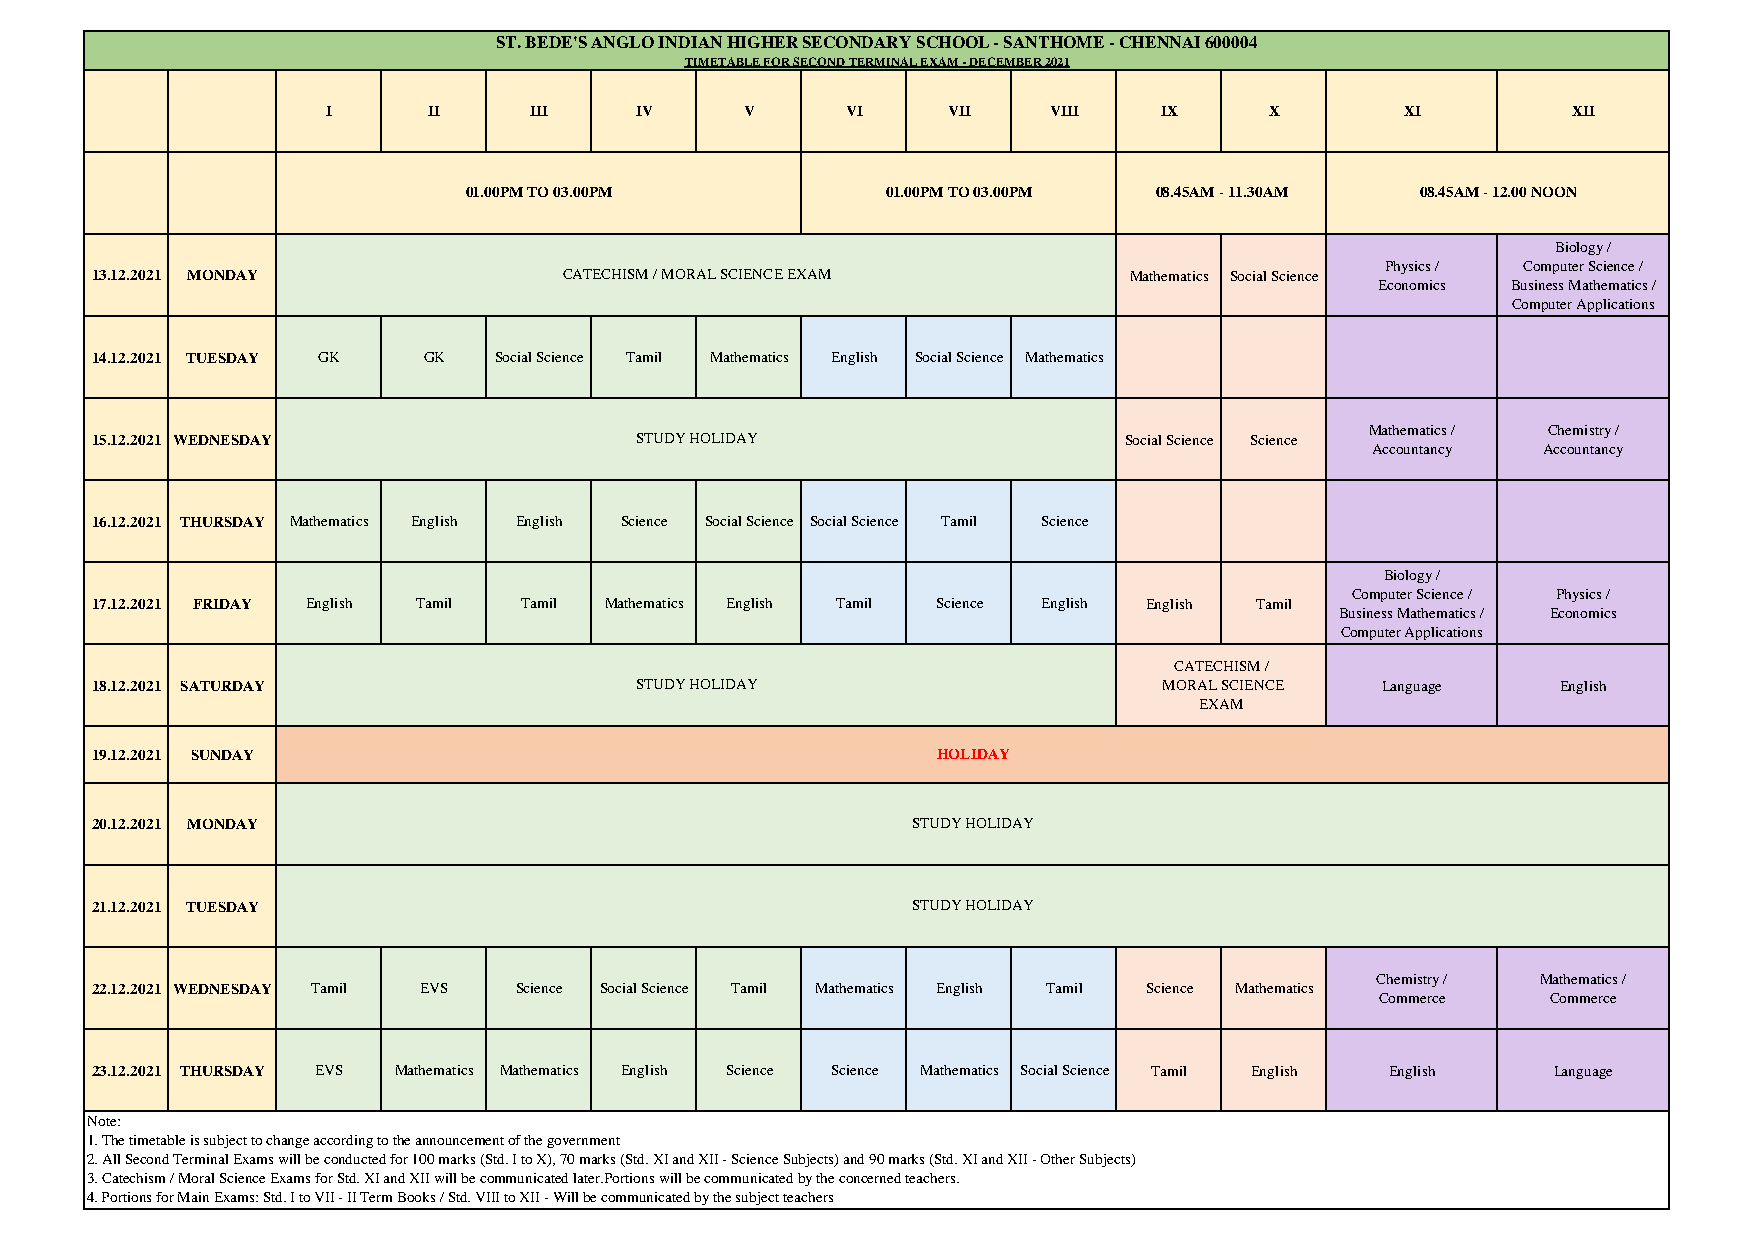
ST. BEDE'S ANGLO INDIAN HIGHER SECONDARY SCHOOL - SANTHOME - CHENNAI 600004
 TIMETABLE FOR SECOND TERMINAL EXAM - DECEMBER 2021
 I     II     III    IV     V      VI     VII   VIII    IX     X        XI         XII
 01.00PM TO 03.00PM          01.00PM TO 03.00PM 08.45AM - 11.30AM 08.45AM - 12.00 NOON
 Biology /
 Physics / Computer Science /
 13.12.2021 MONDAY              CATECHISM / MORAL SCIENCE EXAM        Mathematics Social Science
 Economics Business Mathematics /
 Computer Applications
 14.12.2021 TUESDAY GK GK   Social Science Tamil Mathematics English Social Science Mathematics
 Mathematics / Chemistry /
 15.12.2021 WEDNESDAY                STUDY HOLIDAY                   Social Science Science
 Accountancy Accountancy
 16.12.2021 THURSDAY Mathematics English English Science Social Science Social Science Tamil Science
 Biology /
 Computer Science / Physics /
 17.12.2021 FRIDAY English Tamil Tamil Mathematics English Tamil Science English English Tamil
 Business Mathematics / Economics
 Computer Applications
 CATECHISM /
 18.12.2021 SATURDAY                 STUDY HOLIDAY                      MORAL SCIENCE Language    English
 EXAM
 19.12.2021 SUNDAY                                       HOLIDAY
 20.12.2021 MONDAY                                     STUDY HOLIDAY
 21.12.2021 TUESDAY                                    STUDY HOLIDAY
 Chemistry / Mathematics /
 22.12.2021 WEDNESDAY Tamil EVS Science Social Science Tamil Mathematics English Tamil Science Mathematics
 Commerce    Commerce
 23.12.2021 THURSDAY EVS Mathematics Mathematics English Science Science Mathematics Social Science Tamil English English Language
 Note:
 1. The timetable is subject to change according to the announcement of the government
 2. All Second Terminal Exams will be conducted for 100 marks (Std. I to X), 70 marks (Std. XI and XII - Science Subjects) and 90 marks (Std. XI and XII - Other Subjects)
 3. Catechism / Moral Science Exams for Std. XI and XII will be communicated later.Portions will be communicated by the concerned teachers.
 4. Portions for Main Exams: Std. I to VII - II Term Books / Std. VIII to XII - Will be communicated by the subject teachers